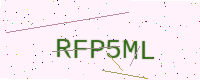
Text: RFP5ML